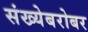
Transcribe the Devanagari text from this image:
संख्येबरोबर